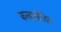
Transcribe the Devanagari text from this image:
कल्हालीतिल